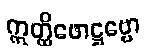
ဣတ္ထိဖောဋ္ဌဗ္ဗော